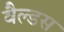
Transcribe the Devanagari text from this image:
वैल्डस